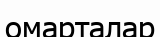
омарталар